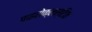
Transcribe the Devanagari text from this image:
पाइरोक्लस्टिक